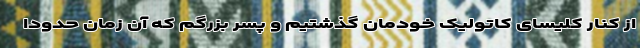
از کنار کلیسای کاتولیک‌ خودمان گذشتیم و پسر بزرگم که آن زمان حدوداً